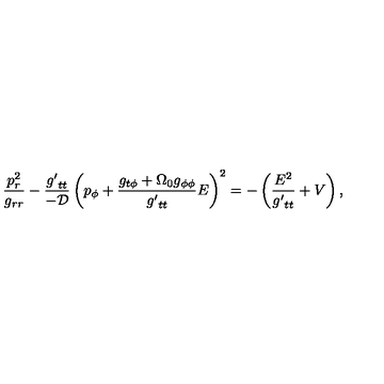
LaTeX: \frac { p _ { r } ^ { 2 } } { g _ { r r } } - \frac { { g ^ { \prime } } _ { t t } } { - \cal D } \left( p _ { \phi } + \frac { g _ { t \phi } + \Omega _ { 0 } g _ { \phi \phi } } { { g ^ { \prime } } _ { t t } } E \right) ^ { 2 } = - \left( \frac { E ^ { 2 } } { { g ^ { \prime } } _ { t t } } + V \right) ,